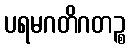
ပရမဂတိဂတဉ္စ